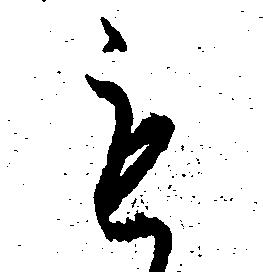
も